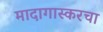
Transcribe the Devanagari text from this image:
मादागास्करचा